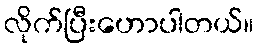
လိုက်ပြီးဟောပါတယ်။